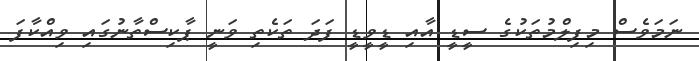
ނަމަވެސް މިފިލްމުތަކުގެ ސީޑީ އާއި ޑީވީޑީ ފަދަ ތަކެތި ވަނީ ޕާކިސްތާނުގައި ވިއްކާފަ